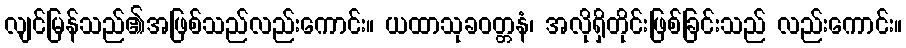
လျင်မြန်သည်၏အဖြစ်သည်လည်းကောင်း။ ယထာသုခဝတ္တနံ၊ အလိုရှိတိုင်းဖြစ်ခြင်းသည် လည်းကောင်း။